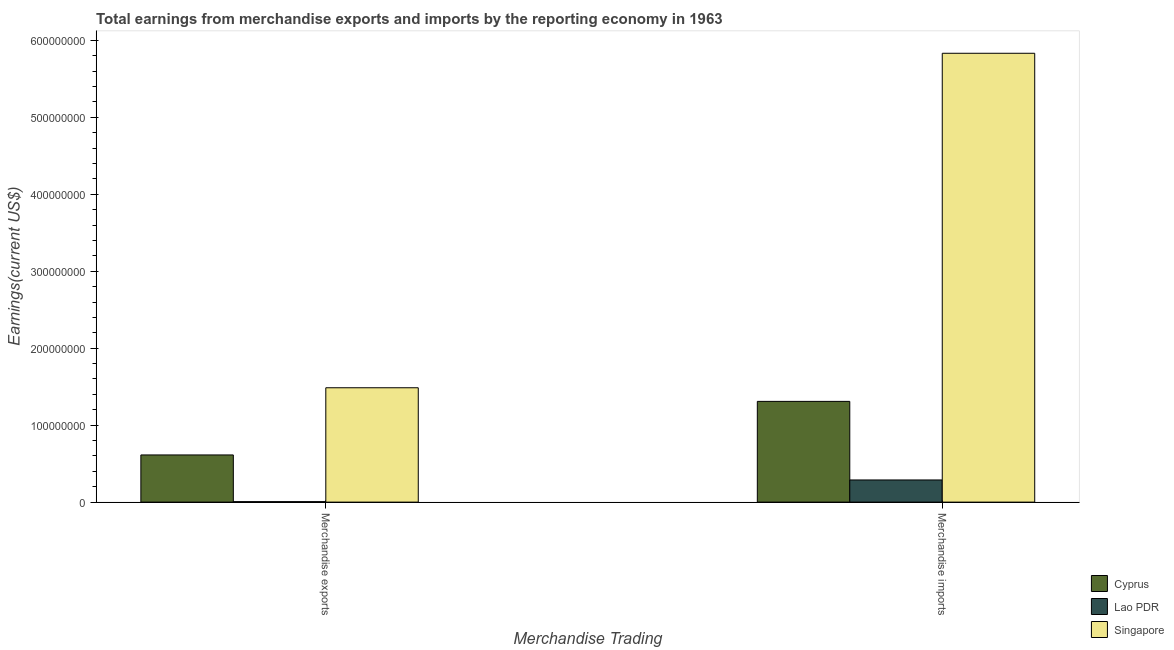
| Merchandise Trading | Cyprus | Lao PDR | Singapore |
 | --- | --- | --- | --- |
 | Merchandise exports | 6.13e+07 | 5.9e+05 | 1.49e+08 |
 | Merchandise imports | 1.31e+08 | 2.88e+07 | 5.83e+08 |